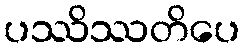
ပဿိဿတိပေ